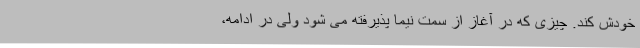
خودش کند. چیزی که در آغاز از سمت نیما پذیرفته می شود ولی در ادامه،